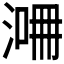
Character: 𣸙